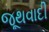
જૂથવાદી